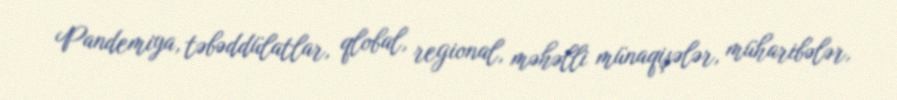
Pandemiya, təbəddülatlar, qlobal, regional, məhəlli münaqişələr, müharibələr,